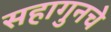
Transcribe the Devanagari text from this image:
सहागुनचे